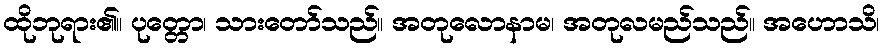
ထိုဘုရား၏။ ပုတ္တော၊ သားတော်သည်။ အတုလောနာမ၊ အတုလမည်သည်။ အဟောသိ၊